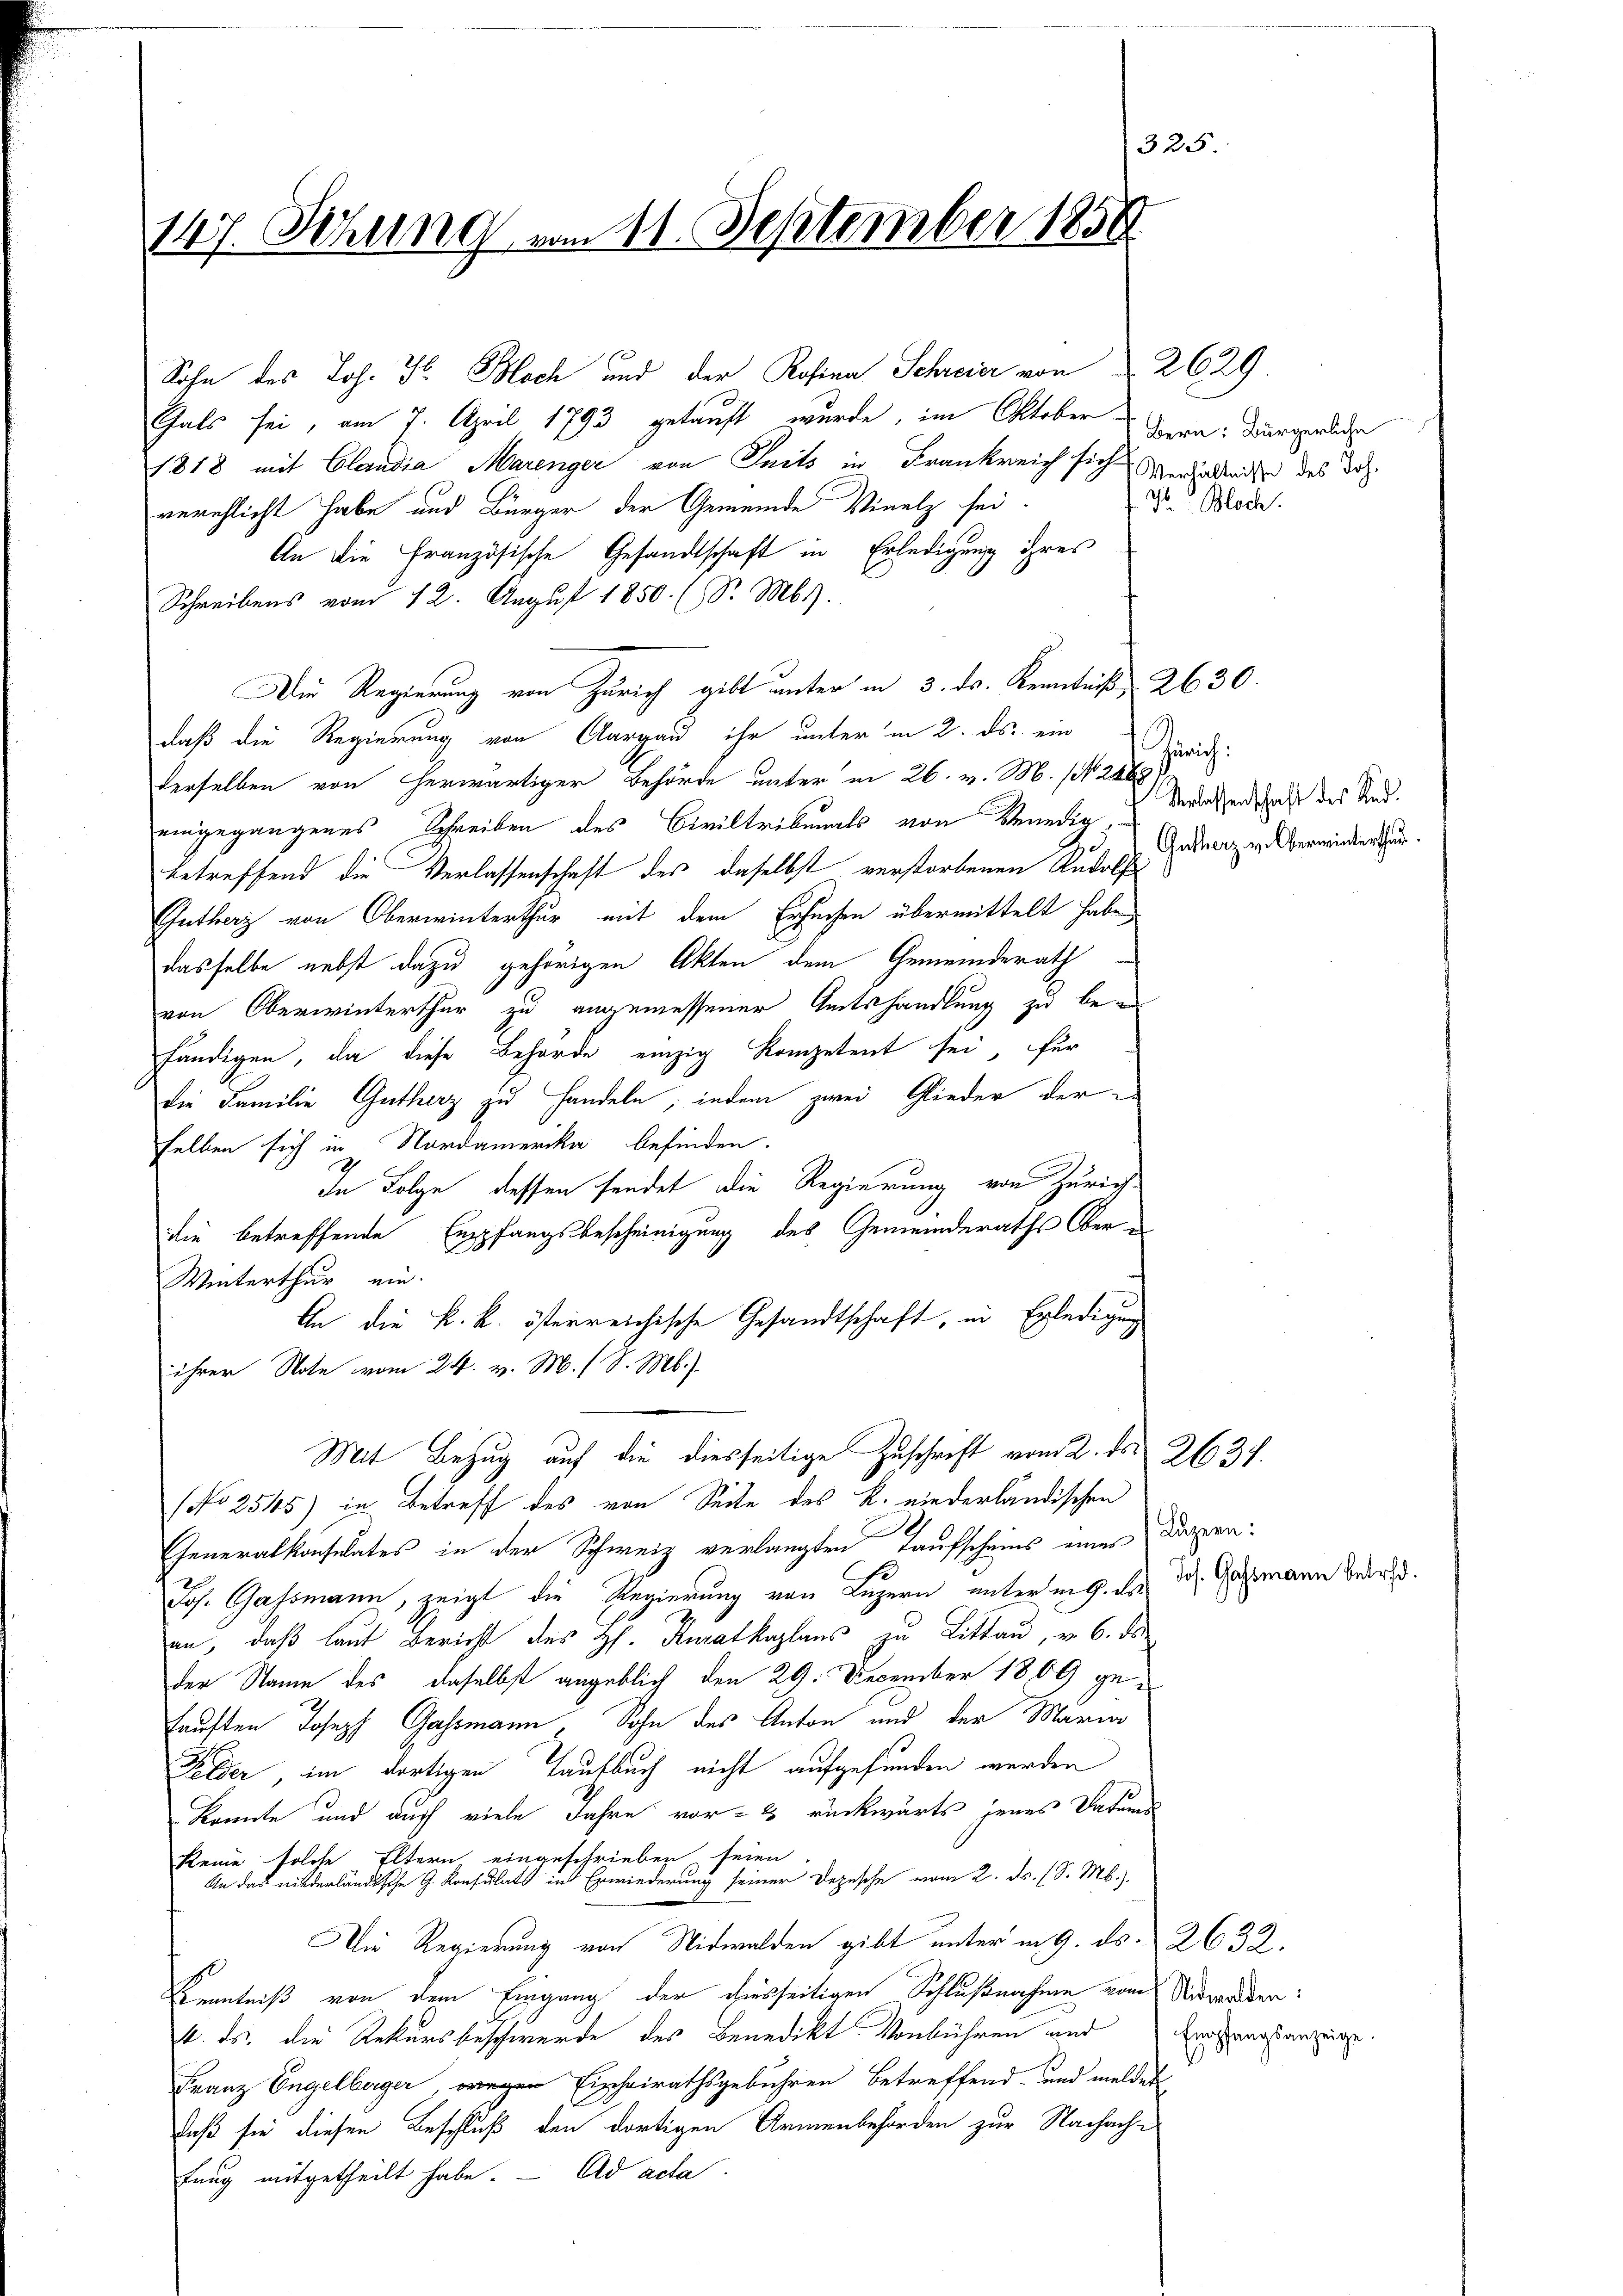
325
147. Sitzung vom 11. September 1850.

Sohn des Joh. F. Bloch und der Rosina Schreier von § 2629
Gals sei, am 7. April 1793 gekauft wurde, im Oktober Bern Bürgerliche
1818 mit Claudia Marenger von Tuits in Frankreich sich verhältnisse des doch
verschlicht habe und Bürger der Gemeinde Vinelz sei
An die Französische Gesandtschaft in Erledigung ihres
Schreibens vom 12. August 1850. (S. M.).
Die Regierung von Zürich gibt unter in 3. ds. Kenntniß 2630.
daß die Regierung von Aargau ihr unter in 2. ds. ein
derselben von herwärtiger Behörde unter in 26. v. M. (N. 246
eingegangenes Schreiben des Civiltribunals von Venedigbetreffend die Verlassenschaft des daselbst verstorbenen Rudolf
Gutherz von Oberwinterthur mit dem Ersuchen übermittelt haben,
dasselbe nebst dazu gehörigen Akten dem Gemeinderath
von Oberwinterthur zu angemessener Amtshandlung zu behändigen, da diese Behörde einzig Kompetent sei, für
Die Familie Gutherz zu Handeln; indem zwei Glieder der
selben sich in Nordamerika befinden.
In Folge dessen sendet die Regierung von Zürich
die betreffende Empfangsbescheinigung des Gemeinderaths Ober¬
Winterthur ein.
An die k. k. österreichische Gesandtschaft, in Erledigung
ihrer Note vom 24. v. M. (S. M.)
Mit Bezug auf die diesseitige Zuschrift vom 2. ds. 2634.
(No 2545) in Betreff des von Seite des K. niederländischen
Generalkonsulates in der Schweiz verlangten Taufscheins einer Dauern¬
Jos. Gassmann, zeigt die Regierung von Luzern unterm 9. ds.
an, daß laut Bericht des Hs. Kuratkaplans zu Littau, v. 6. ds
der Name des daselbst angeblich den 29. December 1809 ge¬
Fausten Joseph Gassmann, Sohn des Anton und der Maria
Felder, im dortigen Taufbuch nicht aufgefunden werden
konnte und auch viele Jahre vor- Es rückwärts jenes Datums
Reine solche Eltern eingeschrieben seien
An das niederländische G. Konsulats in Erwiederung seiner Depesche vom 2. ds. (S. M.)
Die Regierung von Nidwalden gibt unter in 9. ds. 2632.
Kenntniß von dem Eingang der diesseitigen Schlußnahme von Nidwalden:
4. ds. die Rekursbeschwerde des BenediktVonbühren und
Franz Engelberger wegen Eischeirathsgebühren betreffend, und meldet
daß sie diesen Beschluß den dortigen Armenbehörden zur Nachach-
fung mitgetheilt habe. - Ad acta.

D Bloch.

Zürich:
Verlassenschaft des Rud.
Gutherz v. Oberwinterthur.

Jos. Gassmann betr.

Empfangsanzeige.